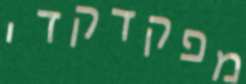
מפקדקדי